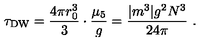
\tau _ { \mathrm { D W } } = \frac { 4 \pi r _ { 0 } ^ { 3 } } { 3 } \cdot \frac { \mu _ { 5 } } { g } = \frac { | m ^ { 3 } | g ^ { 2 } N ^ { 3 } } { 2 4 \pi } \ .